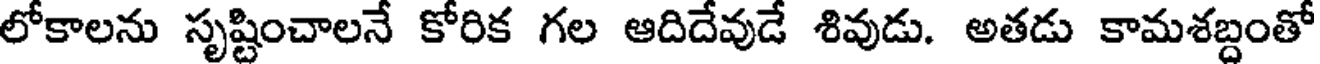
లోకాలను సృష్టించాలనే కోరిక గల ఆదిదేవుడే శివుడు. అతడు కామశబ్దంతో